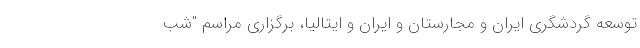
توسعه گردشگری ایران و مجارستان و ایران و ایتالیا، برگزاری مراسم "شب